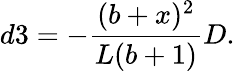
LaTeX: d3=-\frac{(b+x)^{2}}{L(b+1)}D.